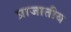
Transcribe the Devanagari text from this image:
प्राजातीय